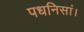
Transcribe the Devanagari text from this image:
पधनिसां।